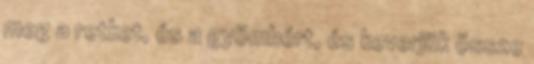
meg a retket, és a gyömbért, és keverjük össze